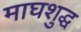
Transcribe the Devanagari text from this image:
माघशुद्ध